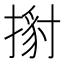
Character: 𢱹